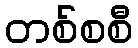
တစ်စစီ